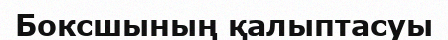
Боксшының қалыптасуы